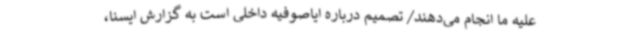
علیه ما انجام می‌دهند/ تصمیم درباره ایاصوفیه داخلی است به گزارش ایسنا،